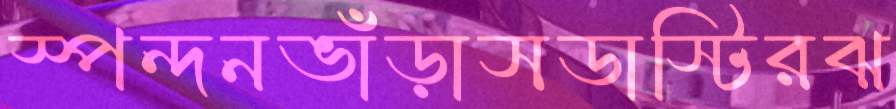
স্পন্দনভাঁড়াসডাস্টিরঝ